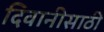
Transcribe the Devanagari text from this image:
दिवानीसाठी